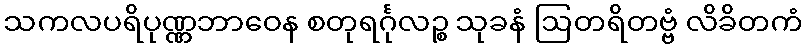
သကလပရိပုဏ္ဏဘာဝေန စတုရင်္ဂုလဉ္စ သုခနံ ဩတရိတဗ္ဗံ လိခိတကံ